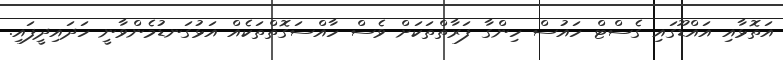
އަތޮޅާއި އައްޑޫގައި ގެސްޓް ހައުސް ހިންގާ ފަރާތްތަކަށް ވެސް ހާއްސަގޮތްތަކެއް އަޅުގަނޑުމެންވާނީ ހަދައިދީފައި.